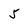
Character: 5